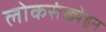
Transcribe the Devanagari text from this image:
लोकसंख्येहून